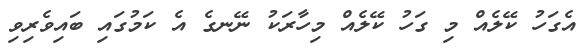
އެގަހު ކޭލެއް މި ގަހު ކޭލެއް މިހާރަކު ނޭނގެ އެ ކަމުގައި ބައިވެރިވި